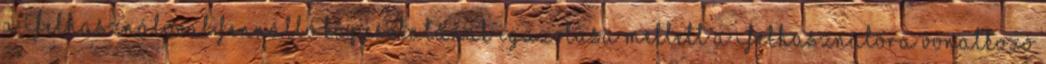
a Felhasználóval fennálló kapcsolatának igazolása mellett a Felhasználóra vonatkozó